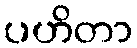
ပဟိတာ